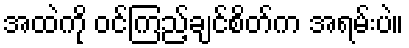
အထဲကို ဝင်ကြည့်ချင်စိတ်က အရမ်းပဲ။